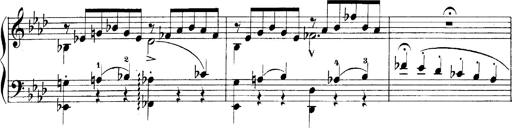
Title: LiebestrÃ¤ume
Composer: Franz Behr
Key: E-flat major